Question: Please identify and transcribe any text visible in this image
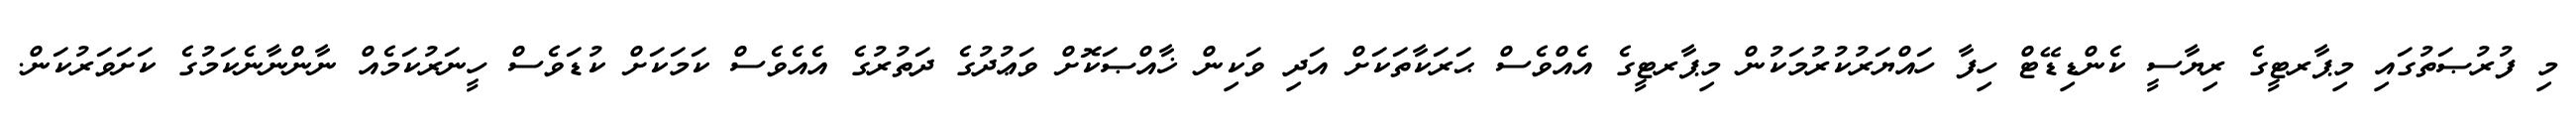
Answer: މި ފުރުޞަތުގައި މިޕާރޓީގެ ރިޔާސީ ކެންޑިޑޭޓް ހިފާ ހައްޔަރުކުރުމަކުން މިޕާރޓީގެ އެއްވެސް ޙަރަކާތަކަށް އަދި ވަކިން ޚާއްޞަކޮށް ވަޢުދުގެ ދަތުރުގެ އެއެވެސް ކަމަކަށް ކުޑަވެސް ހީނަރުކަމެއް ނާންނާނެކަމުގެ ކަށަވަރުކަން.